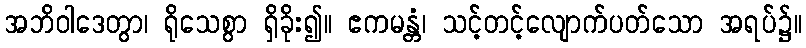
အဘိဝါဒေတွာ၊ ရိုသေစွာ ရှိခိုး၍။ ဧကမန္တံ၊ သင့်တင့်လျောက်ပတ်သော အရပ်၌။